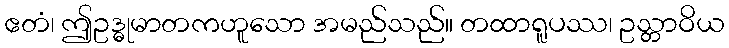
ဧတံ၊ ဤဥဒ္ဓုမာတကဟူသော အမည်သည်။ တထာရူပဿ၊ ဥသ္တာဝိယ